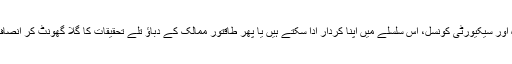
اب دیکھنا یہ ہے کہ کیا عالمی ادارے، بالخصوص اقوام متحدہ اور سیکیورٹی کونسل، اس سلسلے میں اپنا کردار ادا سکتے ہیں یا پھر طاقتور ممالک کے دباؤ تلے تحقیقات کا گلا گھونٹ کر انصاف کو قتل کرنے کے جرم میں ایک بار پھر شریک ہوتے ہیں۔